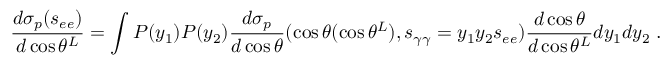
\frac { d \sigma _ { p } ( s _ { e e } ) } { d \cos \theta ^ { L } } = \int P ( y _ { 1 } ) P ( y _ { 2 } ) \frac { d \sigma _ { p } } { d \cos \theta } ( \cos \theta ( \cos \theta ^ { L } ) , s _ { \gamma \gamma } = y _ { 1 } y _ { 2 } s _ { e e } ) \frac { d \cos \theta } { d \cos \theta ^ { L } } d y _ { 1 } d y _ { 2 } \; .